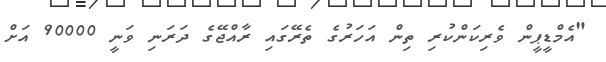
"އެމްޑީޕީން ވެރިކަންކުރި ތިން އަހަރުގެ ތެރޭގައި ރާއްޖޭގެ ދަރަނި ވަނީ 90000 އަށް